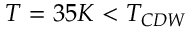
T = 3 5 K < T _ { C D W }